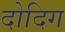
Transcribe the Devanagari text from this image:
दोदिग